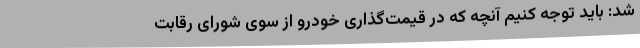
شد: باید توجه کنیم آنچه که در قیمت‌گذاری خودرو از سوی شورای رقابت